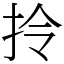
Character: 拎